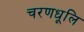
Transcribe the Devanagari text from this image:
चरणधूलि